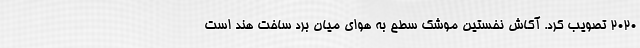
2020 تصویب کرد. آکاش نخستین موشک سطح به هوای میان برد ساخت هند است